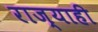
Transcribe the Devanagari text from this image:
राज्याही